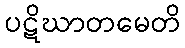
ပဋိဃာတမေတိ